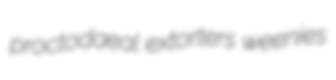
proctodaeal extorters weenies